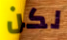
لكن